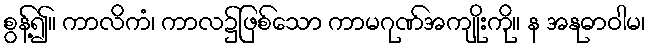
စွန့်၍။ ကာလိကံ၊ ကာလ၌ဖြစ်သော ကာမဂုဏ်အကျိုးကို။ န အနုဓာဝါမ၊